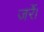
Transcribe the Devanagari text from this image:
जर्रे।